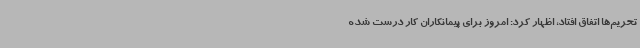
تحریم‌ها اتفاق افتاد، اظهار کرد: امروز برای پیمانکاران کار درست شده